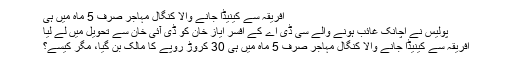
افریقہ سے کینیڈا جانے والا کنگال مہاجر صرف 5 ماہ میں ہی
پولیس نے اچانک غائب ہونے والے سی ڈی اے کے افسر ایاز خان کو ڈی آئی خان سے تحویل میں لے لیا
افریقہ سے کینیڈا جانے والا کنگال مہاجر صرف 5 ماہ میں ہی 30 کروڑ روپے کا مالک بن گیا، مگر کیسے؟